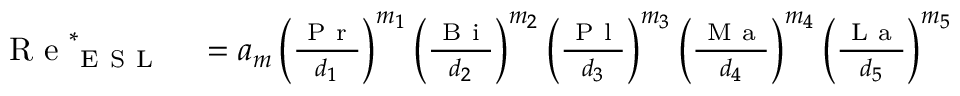
\begin{array} { r l } { \mathrm { ~ R ~ e ~ } _ { \mathrm { ~ E ~ S ~ L ~ } } ^ { \ast } } & { { } = a _ { m } \left( \frac { \mathrm { ~ P ~ r ~ } } { d _ { 1 } } \right) ^ { m _ { 1 } } \left( \frac { \mathrm { ~ B ~ i ~ } } { d _ { 2 } } \right) ^ { m _ { 2 } } \left( \frac { \mathrm { ~ P ~ l ~ } } { d _ { 3 } } \right) ^ { m _ { 3 } } \left( \frac { \mathrm { ~ M ~ a ~ } } { d _ { 4 } } \right) ^ { m _ { 4 } } \left( \frac { \mathrm { ~ L ~ a ~ } } { d _ { 5 } } \right) ^ { m _ { 5 } } } \end{array}